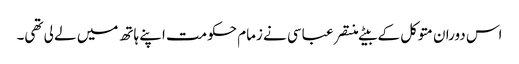
اس دوران متوکل کے بیٹے منتصر عباسی نے زمام حکومت اپنے ہاتھ میں لے لی تھی۔